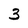
Character: 3